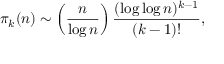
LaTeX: \pi _ { k } ( n ) \sim \left( { \frac { n } { \log n } } \right) { \frac { ( \log \log n ) ^ { k - 1 } } { ( k - 1 ) ! } } ,